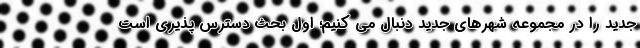
جدید را در مجموعه شهرهای جدید دنبال می کنیم؛ اول بحث دسترس پذیری است